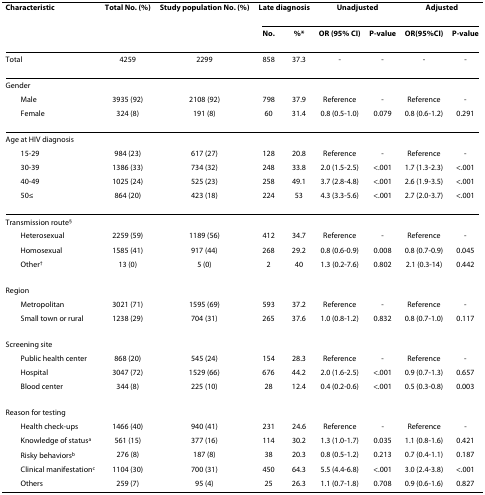
<table><thead><tr><td><b>Characteristic</b></td><td><b>Total No. (%)</b></td><td><b>Study population No. (%)</b></td><td colspan="2"><b>Late diagnosis</b></td><td colspan="2"><b>Unadjusted</b></td><td colspan="2"><b>Adjusted</b></td></tr><tr><td></td><td></td><td></td><td><b>No.</b></td><td><b>%*</b></td><td><b>OR (95% CI)</b></td><td><b>P-value</b></td><td><b>OR(95%CI)</b></td><td><b>P-value</b></td></tr></thead><tbody><tr><td>Total</td><td>4259</td><td>2299</td><td>858</td><td>37.3</td><td>-</td><td>-</td><td>-</td><td>-</td></tr><tr><td>Gender</td><td></td><td></td><td></td><td></td><td></td><td></td><td></td><td></td></tr><tr><td> Male</td><td>3935 (92)</td><td>2108 (92)</td><td>798</td><td>37.9</td><td>Reference</td><td>-</td><td>Reference</td><td>-</td></tr><tr><td> Female</td><td>324 (8)</td><td>191 (8)</td><td>60</td><td>31.4</td><td>0.8 (0.5-1.0)</td><td>0.079</td><td>0.8 (0.6-1.2)</td><td>0.291</td></tr><tr><td>Age at HIV diagnosis</td><td></td><td></td><td></td><td></td><td></td><td></td><td></td><td></td></tr><tr><td> 15-29</td><td>984 (23)</td><td>617 (27)</td><td>128</td><td>20.8</td><td>Reference</td><td>-</td><td>Reference</td><td>-</td></tr><tr><td> 30-39</td><td>1386 (33)</td><td>734 (32)</td><td>248</td><td>33.8</td><td>2.0 (1.5-2.5)</td><td>&lt;.001</td><td>1.7 (1.3-2.3)</td><td>&lt;.001</td></tr><tr><td> 40-49</td><td>1025 (24)</td><td>525 (23)</td><td>258</td><td>49.1</td><td>3.7 (2.8-4.8)</td><td>&lt;.001</td><td>2.6 (1.9-3.5)</td><td>&lt;.001</td></tr><tr><td> 50≤</td><td>864 (20)</td><td>423 (18)</td><td>224</td><td>53</td><td>4.3 (3.3-5.6)</td><td>&lt;.001</td><td>2.7 (2.0-3.7)</td><td>&lt;.001</td></tr><tr><td>Transmission route<sup>§</sup></td><td></td><td></td><td></td><td></td><td></td><td></td><td></td><td></td></tr><tr><td> Heterosexual</td><td>2259 (59)</td><td>1189 (56)</td><td>412</td><td>34.7</td><td>Reference</td><td>-</td><td>Reference</td><td>-</td></tr><tr><td> Homosexual</td><td>1585 (41)</td><td>917 (44)</td><td>268</td><td>29.2</td><td>0.8 (0.6-0.9)</td><td>0.008</td><td>0.8 (0.7-0.9)</td><td>0.045</td></tr><tr><td> Other<sup>†</sup></td><td>13 (0)</td><td>5 (0)</td><td>2</td><td>40</td><td>1.3 (0.2-7.6)</td><td>0.802</td><td>2.1 (0.3-14)</td><td>0.442</td></tr><tr><td>Region</td><td></td><td></td><td></td><td></td><td></td><td></td><td></td><td></td></tr><tr><td> Metropolitan</td><td>3021 (71)</td><td>1595 (69)</td><td>593</td><td>37.2</td><td>Reference</td><td>-</td><td>Reference</td><td>-</td></tr><tr><td> Small town or rural</td><td>1238 (29)</td><td>704 (31)</td><td>265</td><td>37.6</td><td>1.0 (0.8-1.2)</td><td>0.832</td><td>0.8 (0.7-1.0)</td><td>0.117</td></tr><tr><td>Screening site</td><td></td><td></td><td></td><td></td><td></td><td></td><td></td><td></td></tr><tr><td> Public health center</td><td>868 (20)</td><td>545 (24)</td><td>154</td><td>28.3</td><td>Reference</td><td>-</td><td>Reference</td><td>-</td></tr><tr><td> Hospital</td><td>3047 (72)</td><td>1529 (66)</td><td>676</td><td>44.2</td><td>2.0 (1.6-2.5)</td><td>&lt;.001</td><td>0.9 (0.7-1.3)</td><td>0.657</td></tr><tr><td> Blood center</td><td>344 (8)</td><td>225 (10)</td><td>28</td><td>12.4</td><td>0.4 (0.2-0.6)</td><td>&lt;.001</td><td>0.5 (0.3-0.8)</td><td>0.003</td></tr><tr><td>Reason for testing</td><td></td><td></td><td></td><td></td><td></td><td></td><td></td><td></td></tr><tr><td> Health check-ups</td><td>1466 (40)</td><td>940 (41)</td><td>231</td><td>24.6</td><td>Reference</td><td>-</td><td>Reference</td><td>-</td></tr><tr><td> Knowledge of status<sup>a</sup></td><td>561 (15)</td><td>377 (16)</td><td>114</td><td>30.2</td><td>1.3 (1.0-1.7)</td><td>0.035</td><td>1.1 (0.8-1.6)</td><td>0.421</td></tr><tr><td> Risky behaviors<sup>b</sup></td><td>276 (8)</td><td>187 (8)</td><td>38</td><td>20.3</td><td>0.8 (0.5-1.2)</td><td>0.213</td><td>0.7 (0.4-1.1)</td><td>0.187</td></tr><tr><td> Clinical manifestation<sup>c</sup></td><td>1104 (30)</td><td>700 (31)</td><td>450</td><td>64.3</td><td>5.5 (4.4-6.8)</td><td>&lt;.001</td><td>3.0 (2.4-3.8)</td><td>&lt;.001</td></tr><tr><td> Others</td><td>259 (7)</td><td>95 (4)</td><td>25</td><td>26.3</td><td>1.1 (0.7-1.8)</td><td>0.708</td><td>0.9 (0.6-1.6)</td><td>0.827</td></tr></tbody></table>